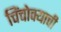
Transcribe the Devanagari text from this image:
चिंचोक्याची